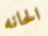
الحانه